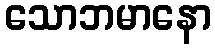
သောဘမာနော